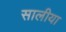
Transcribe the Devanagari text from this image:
सालीया